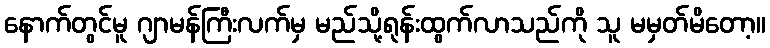
နောက်တွင်မူ ဂျာမန်ကြီးလက်မှ မည်သို့ရုန်းထွက်လာသည်ကို သူ မမှတ်မိတော့။